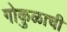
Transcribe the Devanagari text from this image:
गोकुळाची